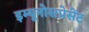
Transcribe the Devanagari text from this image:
इम्यूनोसप्रेसेंट